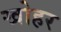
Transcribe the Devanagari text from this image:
खोहर